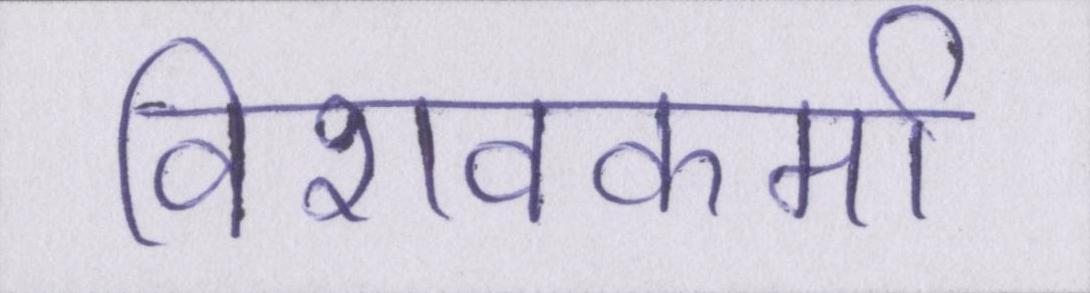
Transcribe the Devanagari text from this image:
विशवकर्मा